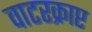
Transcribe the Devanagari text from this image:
वाटरक्राप्ट